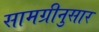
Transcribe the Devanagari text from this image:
सामग्रीनुसार